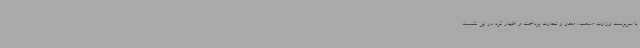
با سرپرست وزارت صنعت، معدن و تجارت پرداخت و اظهار کرد: در این نشست